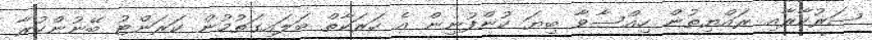
ސަރުކާރާއި ރައްޔިތުން ހިއްސާވާ ބިޔަ ކުންފުނިން އެ ހަރަކާތް ބަލައިގަތުމުން ކަރަންޓު ބޭނުންކުރާ